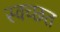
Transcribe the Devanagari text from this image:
स्वच्छत